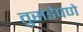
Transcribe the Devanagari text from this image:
तुसडेपणे